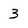
Character: 3